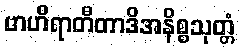
ဗာဟိရာတီတာဒိအနိစ္စသုတ္တံ